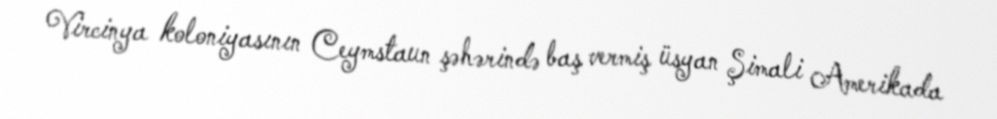
Vircinya koloniyasının Ceymstaun şəhərində baş vermiş üsyan Şimali Amerikada